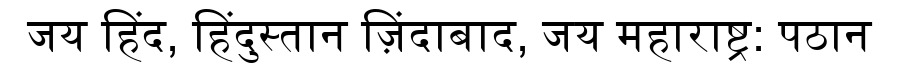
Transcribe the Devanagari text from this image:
जय हिंद, हिंदुस्तान ज़िंदाबाद, जय महाराष्ट्र: पठान